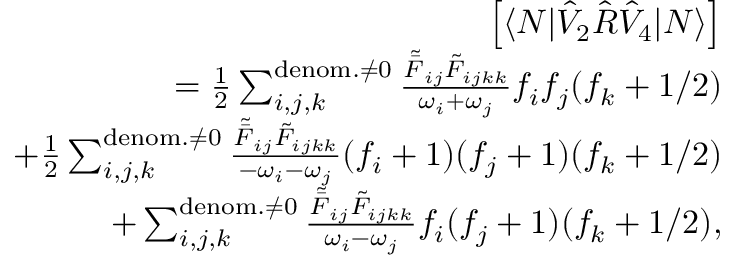
\begin{array} { r l r } & { } & { \left[ \langle N | \hat { V } _ { 2 } \hat { R } \hat { V } _ { 4 } | N \rangle \right] } \\ & { } & { = \frac { 1 } { 2 } \sum _ { i , j , k } ^ { { \mathrm { d e n o m . } \neq 0 } } \frac { \tilde { \bar { F } } _ { i j } \tilde { F } _ { i j k k } } { \omega _ { i } + \omega _ { j } } f _ { i } f _ { j } ( f _ { k } + 1 / 2 ) } \\ & { } & { + \frac { 1 } { 2 } \sum _ { i , j , k } ^ { { \mathrm { d e n o m . } \neq 0 } } \frac { \tilde { \bar { F } } _ { i j } \tilde { { F } } _ { i j k k } } { - \omega _ { i } - \omega _ { j } } ( f _ { i } + 1 ) ( f _ { j } + 1 ) ( f _ { k } + 1 / 2 ) } \\ & { } & { + \sum _ { i , j , k } ^ { { \mathrm { d e n o m . } \neq 0 } } \frac { \tilde { \bar { F } } _ { i j } \tilde { F } _ { i j k k } } { \omega _ { i } - \omega _ { j } } f _ { i } ( f _ { j } + 1 ) ( f _ { k } + 1 / 2 ) , } \end{array}